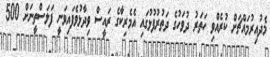
މެދުއިރުމައްޗަށް ކުރެއްވި ހަތަރު ދުވަހުގެ ދަތުރުފުޅުގައި އެމެރިކާގެ ރައީސް ވިދާޅުވެފައިވަނީ ފަލަސްތީނަށް 500